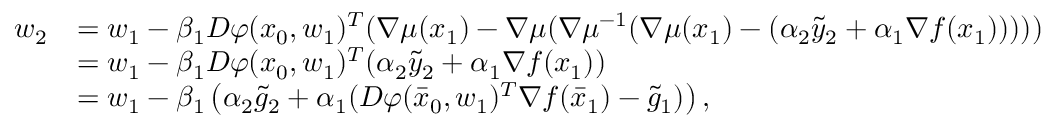
\begin{array} { r l } { w _ { 2 } } & { = w _ { 1 } - \beta _ { 1 } D \varphi ( x _ { 0 } , w _ { 1 } ) ^ { T } ( \nabla \mu ( x _ { 1 } ) - \nabla \mu ( \nabla \mu ^ { - 1 } ( \nabla \mu ( x _ { 1 } ) - ( \alpha _ { 2 } \tilde { y } _ { 2 } + \alpha _ { 1 } \nabla f ( x _ { 1 } ) ) ) ) ) } \\ & { = w _ { 1 } - \beta _ { 1 } D \varphi ( x _ { 0 } , w _ { 1 } ) ^ { T } ( \alpha _ { 2 } \tilde { y } _ { 2 } + \alpha _ { 1 } \nabla f ( x _ { 1 } ) ) } \\ & { = w _ { 1 } - \beta _ { 1 } \left( \alpha _ { 2 } \tilde { g } _ { 2 } + \alpha _ { 1 } ( D \varphi ( \bar { x } _ { 0 } , w _ { 1 } ) ^ { T } \nabla f ( \bar { x } _ { 1 } ) - \tilde { g } _ { 1 } ) \right) , } \end{array}